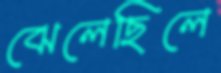
ঝেলেছিলে